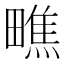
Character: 𪽢